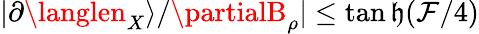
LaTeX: |\partial\langlen_{X}\rangle/\partialB_{\rho}|\leq\operatorname{tan\mathfrak{h}}(\mathcal{{F}}/4)